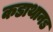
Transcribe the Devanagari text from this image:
कडाथानड